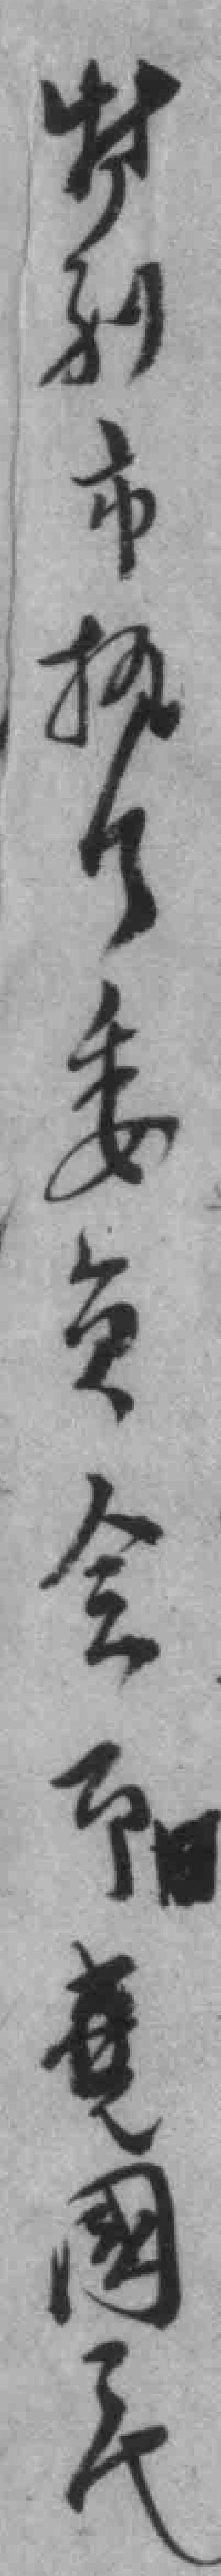
特别市执行委员会即國民